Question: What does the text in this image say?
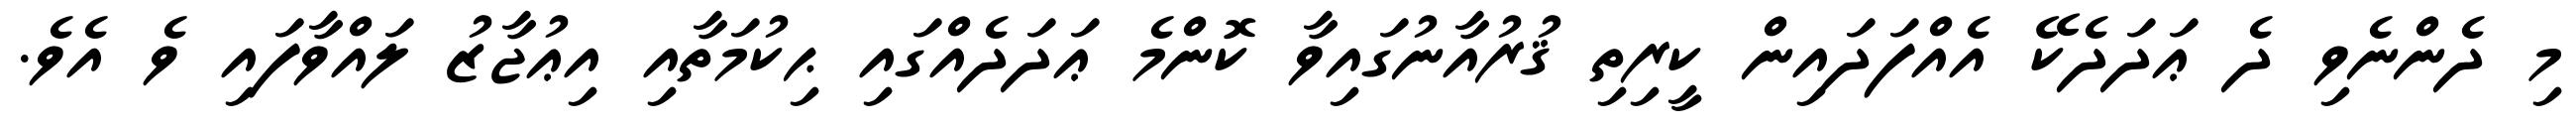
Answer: މި ދެންނެވި ދެ ޢަދަދެކޭ އެއްފަދައިން ކީރިތި ޤުރުއާނުގައިވާ ކޮންމެ ޢަދަދެއްގައި ޙިކުމަތާއި އިޢުޖާޒު ލައްވާފައި ވެ އެވެ.